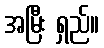
အမြီး ရှည်။